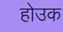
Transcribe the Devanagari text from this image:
होउक